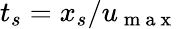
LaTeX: t_{s}=x_{s}/u_{\mathrm{~m~a~x~}}